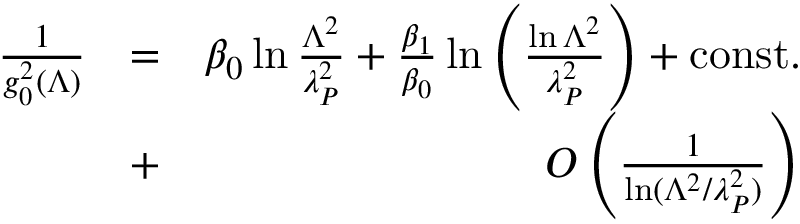
\begin{array} { r l r } { { \frac { 1 } { g _ { 0 } ^ { 2 } ( \Lambda ) } } } & { = } & { \beta _ { 0 } \ln { \frac { \Lambda ^ { 2 } } { \lambda _ { P } ^ { 2 } } } + { \frac { \beta _ { 1 } } { \beta _ { 0 } } } \ln \left( { \frac { \ln \Lambda ^ { 2 } } { \lambda _ { P } ^ { 2 } } } \right) + \mathrm { c o n s t . } } \\ & { + } & { { \cal O } \left( { \frac { 1 } { \ln ( \Lambda ^ { 2 } / \lambda _ { P } ^ { 2 } ) } } \right) } \end{array}